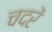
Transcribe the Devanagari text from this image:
चदरें